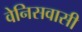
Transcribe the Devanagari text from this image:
वेनिसवासी